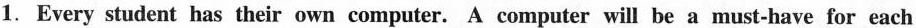
1.Every student has their own computer. A computer will be a must-have for each